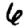
Digit: 6